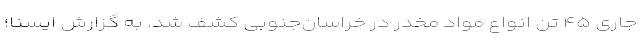
جاری ۴۵ تن انواع مواد مخدر در خراسان‌جنوبی کشف شد. به گزارش ایسنا؛